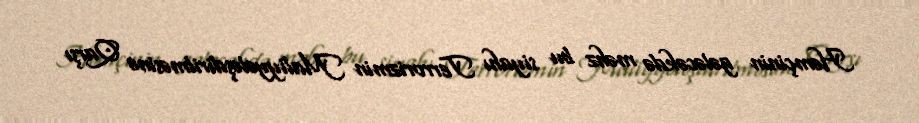
Həmçinin gələcəkdə məhz bu siyahı Terrorizmin Maliyyələşdirilməsinə Qarşı